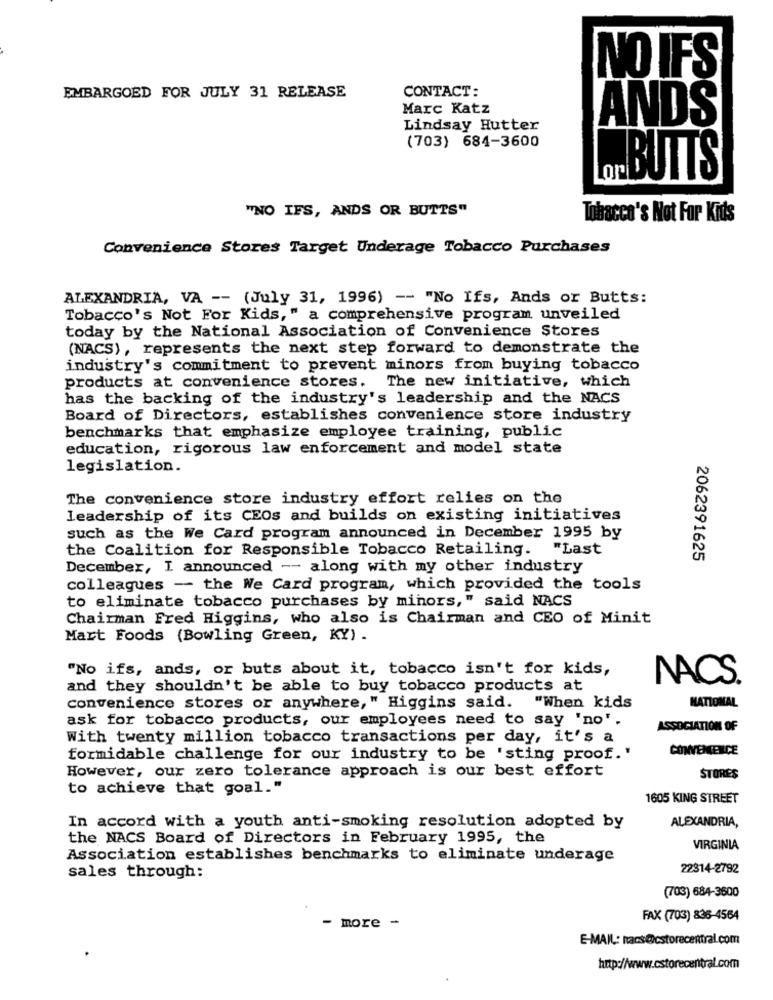
NO IFS
EMBARGOED FOR JULY 31 RELEASE
CONTACT:
Marc Katz
ANDS
Lindsay Hutter
(703) 684-3600
BUTTS
"NO IFS, ANDS OR BUTTS"
Tobacco's Not For Kids
Convenience Stores Target Underage Tobacco Purchases
ALEXANDRIA, VA -- (July 31, 1996) -- "No Ifs, Ands or Butts:
Tobacco's Not For Kids," a comprehensive program unveiled
today by the National Association of Convenience Stores
(NACS), represents the next step forward to demonstrate the
industry's commitment to prevent minors from buying tobacco
products at convenience stores. The new initiative, which
has the backing of the industry's leadership and the NACS
Board of Directors, establishes convenience store industry
benchmarks that emphasize employee training, public
education, rigorous law enforcement and model state
legislation.
The convenience store industry effort relies on the
leadership of its CEOs and builds on existing initiatives
such as the We Card program announced in December 1995 by
the Coalition for Responsible Tobacco Retailing.
"Last
2062391625
December, I announced -- along with my other industry
colleagues - the We Card program, which provided the tools
to eliminate tobacco purchases by minors," said NACS
Chairman Fred Higgins, who also is Chairman and CEO of Minit
Mart Foods (Bowling Green, KY) .
"No ifs, ands, or buts about it, tobacco isn't for kids,
NACS.
and they shouldn't be able to buy tobacco products at
NATIONAL
convenience stores or anywhere," Higgins said. "When kids
ask for tobacco products, our employees need to say 'no'.
ASSOCIATION OF
With twenty million tobacco transactions per day, it's a
CONVENIENCE
formidable challenge for our industry to be 'sting proof.'
However, our zero tolerance approach is our best effort
STORES
to achieve that goal."
1605 KING STREET
ALEXANDRIA,
In accord with a youth anti-smoking resolution adopted by
the NACS Board of Directors in February 1995, the
VIRGINIA
Association establishes benchmarks to eliminate underage
22314-2792
sales through:
(703) 684-3600
FAX (703) 836-4564
- more -
E-MAIL: Racs@cstorecentral.com
http://www.cstorecentral.com